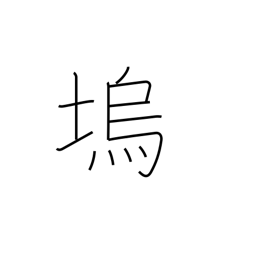
Meaning: fortress embankment